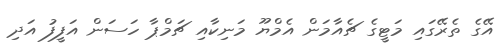
އޭގެ ތެރޭގައި މަޓީގެ ޗެއާމަން އެމްޔޫ މަނިކާއި ޗަމްޕާ ހަސަން އަފީފު އަދި